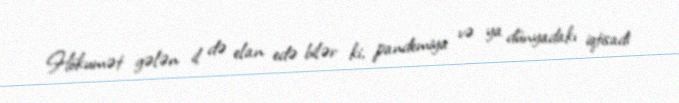
Hökumət gələn il də elan edə bilər ki, pandemiya və ya dünyadakı iqtisadi